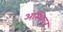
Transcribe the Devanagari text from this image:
अस्थिवत्